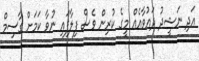
އަދި ނަޝީދު ދައުވާއެއް މީގެ ކުރިން ވެސް ފިލާފައި ނުވާ ކަމަށް ގާސިމް